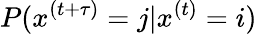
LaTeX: P(x^{(t+\tau)}=j\vert x^{(t)}=i)